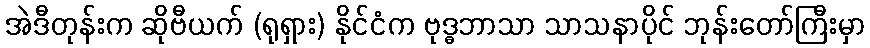
အဲဒီတုန်းက ဆိုဗီယက် (ရုရှား) နိုင်ငံက ဗုဒ္ဓဘာသာ သာသနာပိုင် ဘုန်းတော်ကြီးမှာ